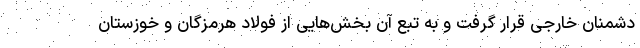
دشمنان خارجی قرار گرفت و به تبع آن بخش‌هایی از فولاد هرمزگان و خوزستان